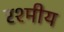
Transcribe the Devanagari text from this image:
रश्मीय